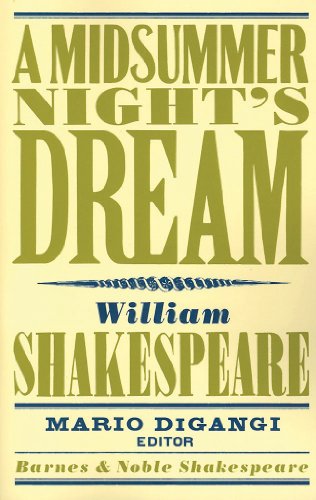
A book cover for A Midsummer Night's Dream (Barnes & Noble Shakespeare); William Shakespeare; Literature & Fiction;